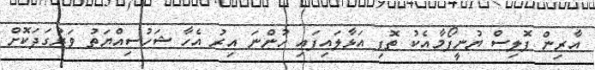
އާރިން ޕޮލިސް ޔުނީފޯމާއެކު ތޮފި އަޅާލައިފައި ހުންނަ އިރު އެހާ ޝަހުސިއްޔަތު ވަރުގަދަކޮށް